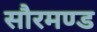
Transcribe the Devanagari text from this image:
सौरमण्ड